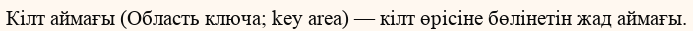
Кілт аймағы (Область ключа; key area) — кілт өрісіне бөлінетін жад аймағы.